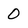
Character: 0